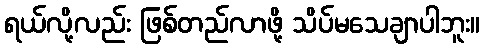
ရယ်လို့လည်း ဖြစ်တည်လာဖို့ သိပ်မသေချာပါဘူး။